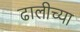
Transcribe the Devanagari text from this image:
ढालीच्या